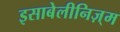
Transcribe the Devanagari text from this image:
इसाबेलीनिज़्म